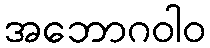
အဘောဂဝါဝ